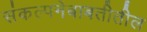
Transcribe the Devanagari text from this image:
संकल्पनेबाबतीतील